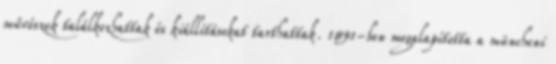
művészek találkozhattak és kiállításokat tarthattak. 1891-ben megalapította a müncheni